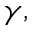
\gamma ,